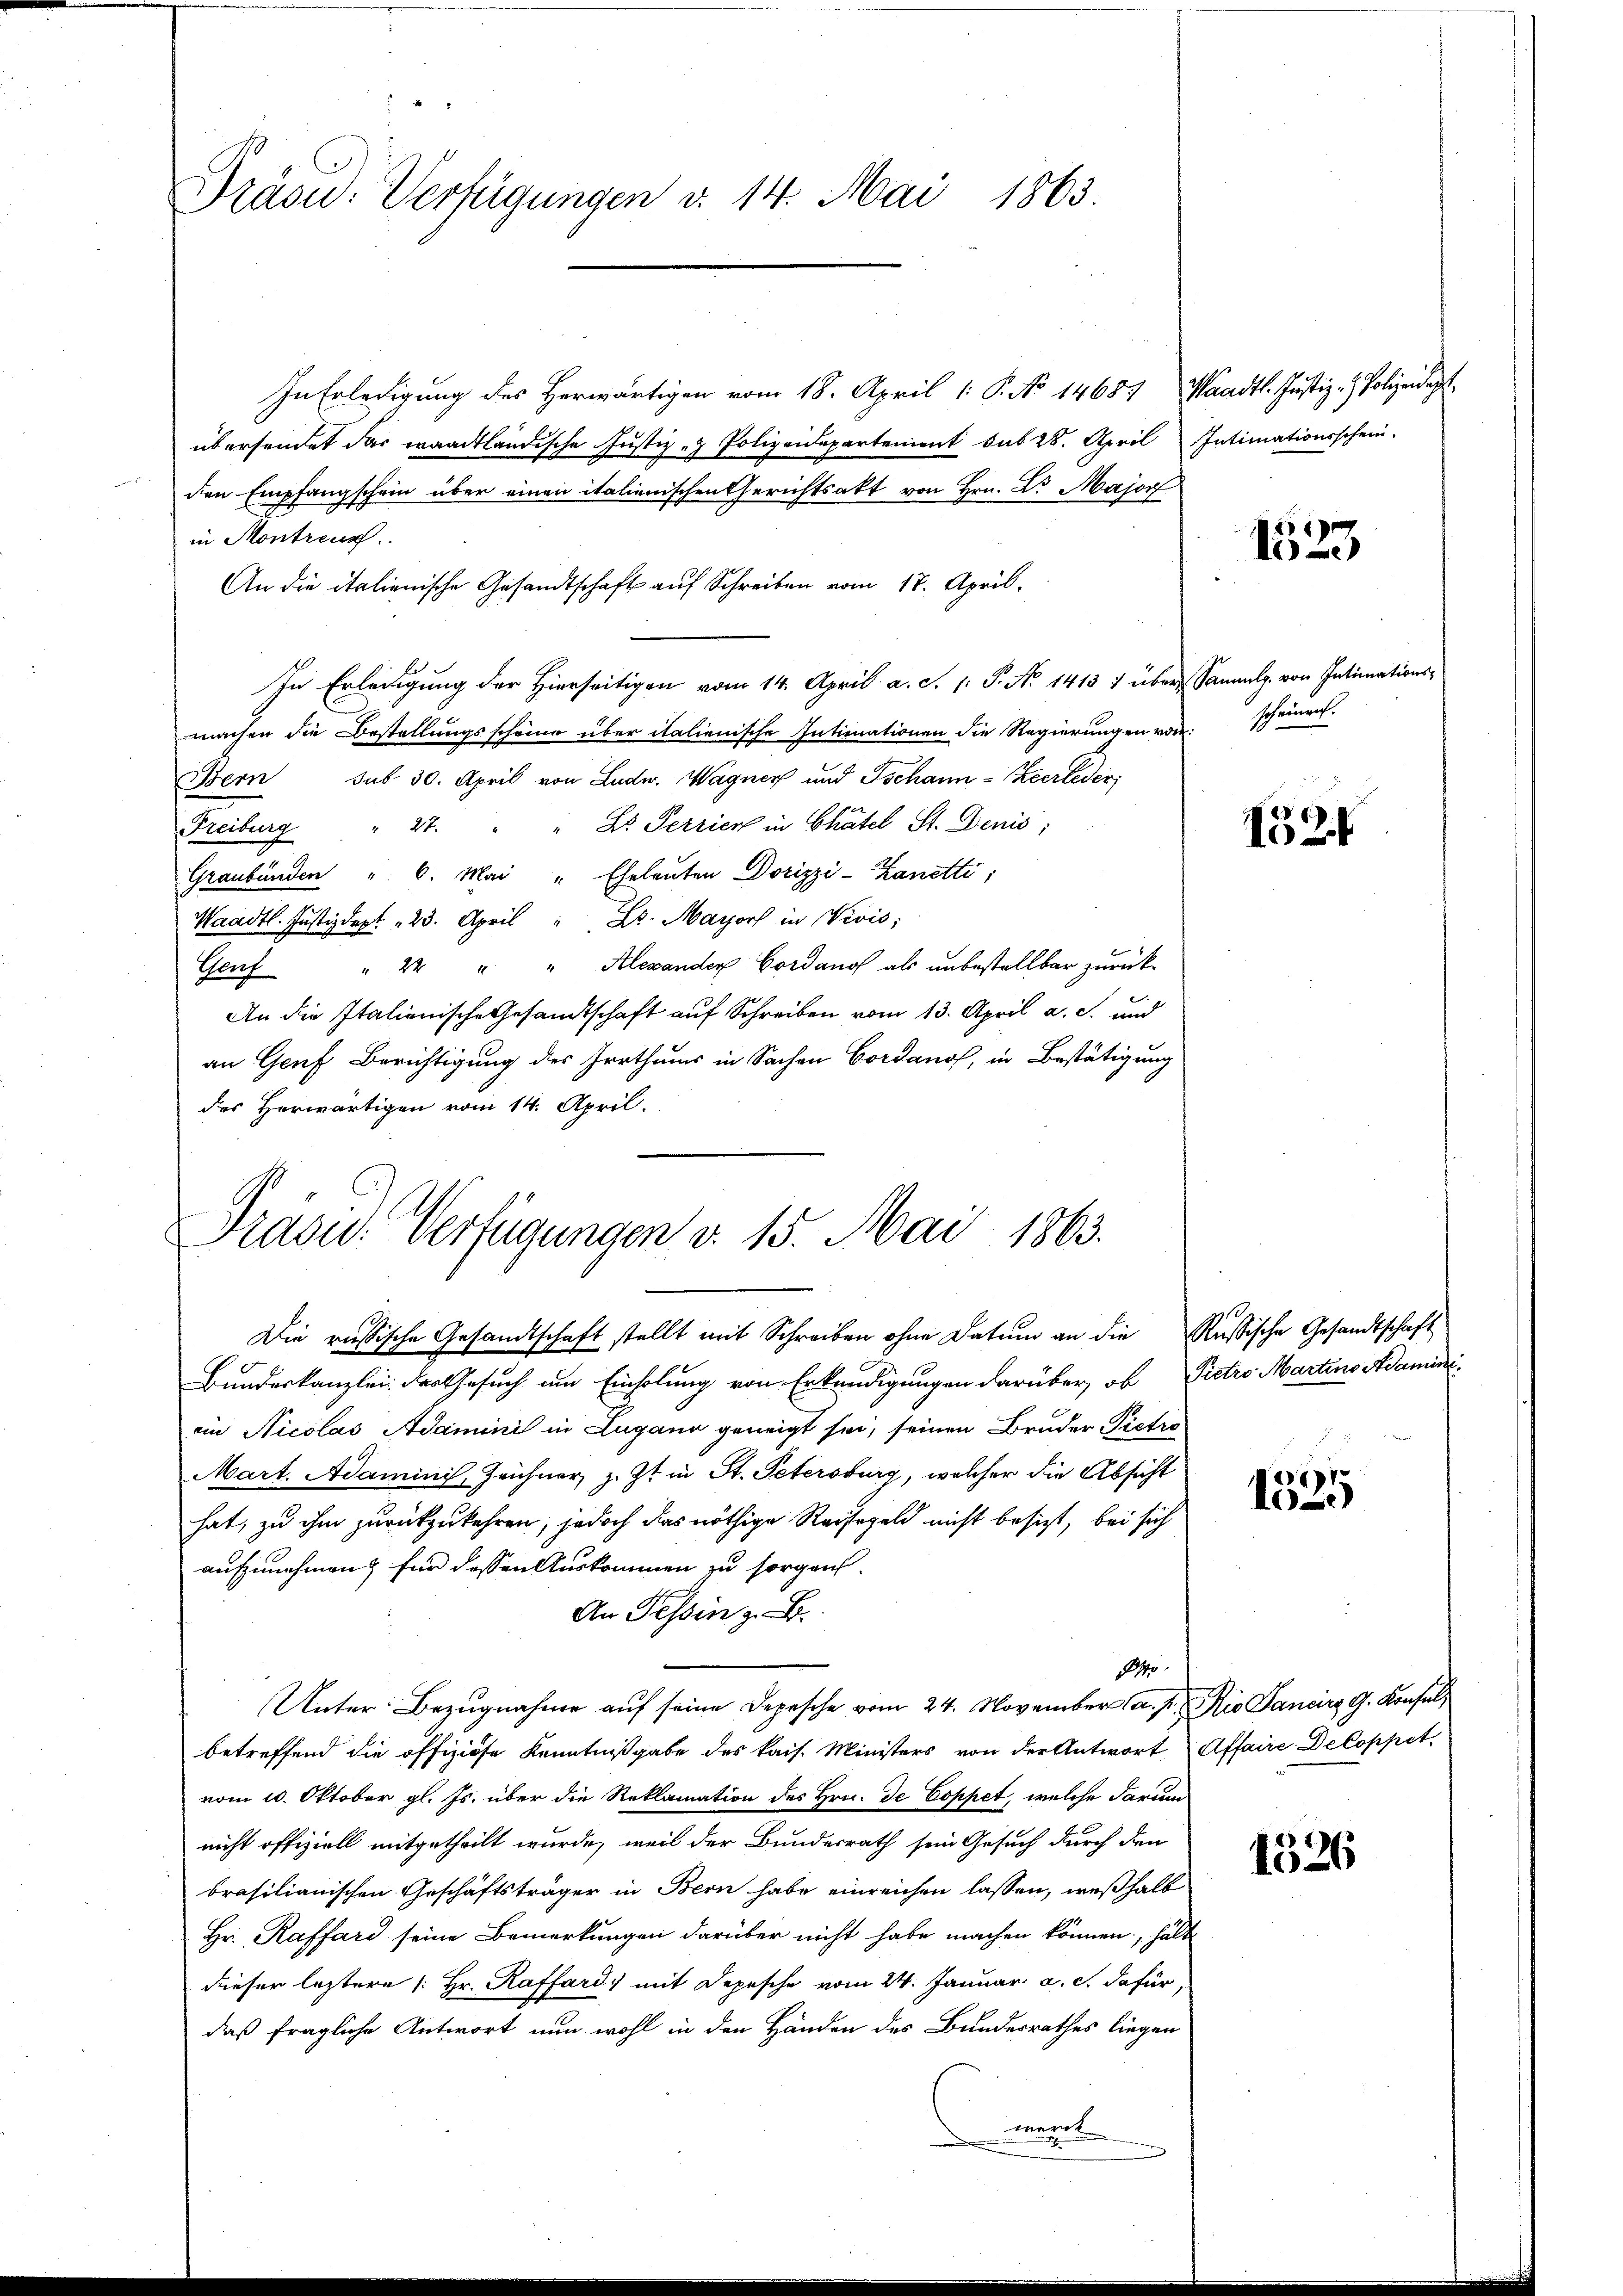
Präsiden Verfügungen v. 14. Mai 1863.

In Erledigung des Herwärtigen vom 18. April 1 S. No 14684, Waadt. Justiz- & Polizeidet
übersendet das waadtländische Justiz- & Polizeidepartenient sub 28. April Intimationsschein-
den Empfangschein über einen italienischen Gerichtsakt von Hrn. Dr Major
in Montrenn
An die italienische Gesandtschaft auf Schreiben vom 17. April.
In Erledigung der Hierseitigen vom 14. April a. c. 1. P. No 1415 1 über Sammlg. von Intimations-
machen die Bestellungsscheine über italienische Intimationen die Regierungen vor: scheinen
Bern sub 30. April von Ludw. Wagner und Ischann-Zeerleder
Freiburg " 27. " " Dr. Perrich in Chatel St. Denis;
Graubünden " 6. Mai " Eheleuten Dorizzi-Kanetti,
Waadt. Justizdept 23. April " Dr. Mayorf in Vivis;
Genf " 22 " " Alexander Cordano als unbestellbar zurück-
An die Italienische Gesandtschaft auf Schreiben vom 13. April a. s. und
an Genf Berichtigung des Irrthums in Sachen Cordano, in Bestätigung
des Herwärtigen vom 14. April.

Prasid. Verfügungen v. 15. Mai 1863.

Die russische Gesandtschaft stellt mit Schreiben ohne Datum an die Russische Gesandtschaft
Bundeskanzlei der Gesuch um Einholung von Erkundigungen darüber, ob Pietro Martins Adaminiein Nicolas Adamini in Lugano geneigt sei, seinen Bruder Pietis
Mart. Adaminis, Zeichner, z. Zt. in St. Petersburg, welcher die Absicht
hat, zu ihm zurückzukehren, jedoch das nöthige Reisegeld nicht besizt, bei sich
aufzunehmen, für dessen Auskommen zu sorgen.
An Tessin z. B.

Unter Bezugnahme auf seine Depesche vom 24. November a. p. Nio Sancirg, G. Konsulbetreffend die offiziöse Kenntnißgabe des kais. Ministers von der Antwort Affaire Decoppet
vom 10. Oktober gl. Js. über die Reklamation des Hrn. Je Coppet, welche darum
nicht offiziell mitgetheilt wurde, weil der Bundesrath sein Gesuch durch den
brasilianischen Geschäftsträger in Bern habe einreichen lassen, weßhalb
Hr. Raffard seine Bemerkungen darüber nicht habe machen können, hält
dieser leztere |: Hr. Raffard) mit Depesche vom 24. Januar a. c. dafür,
daß fragliche Antwort nun wohl in den Händen des Bunderrathes liegen
werck

1523

152

e
10.)

1326